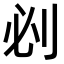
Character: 𠛡